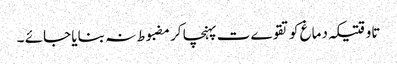
تاوقتیکہ دماغ کو تقوےت پہنچا کر مضبوط نہ بنایا جائے ۔